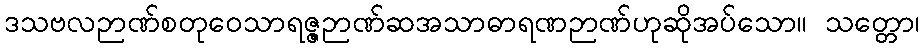
ဒသဗလဉာဏ်စတုဝေသာရဇ္ဇဉာဏ်ဆအသာဓာရဏဉာဏ်ဟုဆိုအပ်သော။ သတ္တော၊